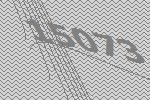
15073